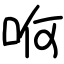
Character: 哬